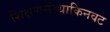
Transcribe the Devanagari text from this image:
शिक्षणसंस्थाकिनवट